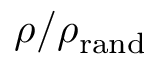
\rho / \rho _ { \mathrm { r a n d } }